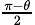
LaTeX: \scriptstyle{\frac{\pi-\theta}{2}}